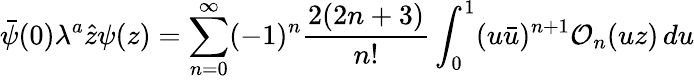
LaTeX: \bar{\psi}(0)\lambda^{a}\hat{z}\psi(z)=\sum_{n=0}^{\infty}(-1)^{n}\frac{2(2n+3)}{n!}\int_{0}^{1}(u\bar{u})^{n+1}{\cal O}_{n}(uz)\, du